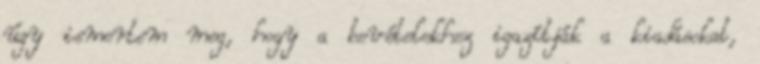
úgy ismertem meg, hogy a bevételekhez igazítják a kiadásokat,